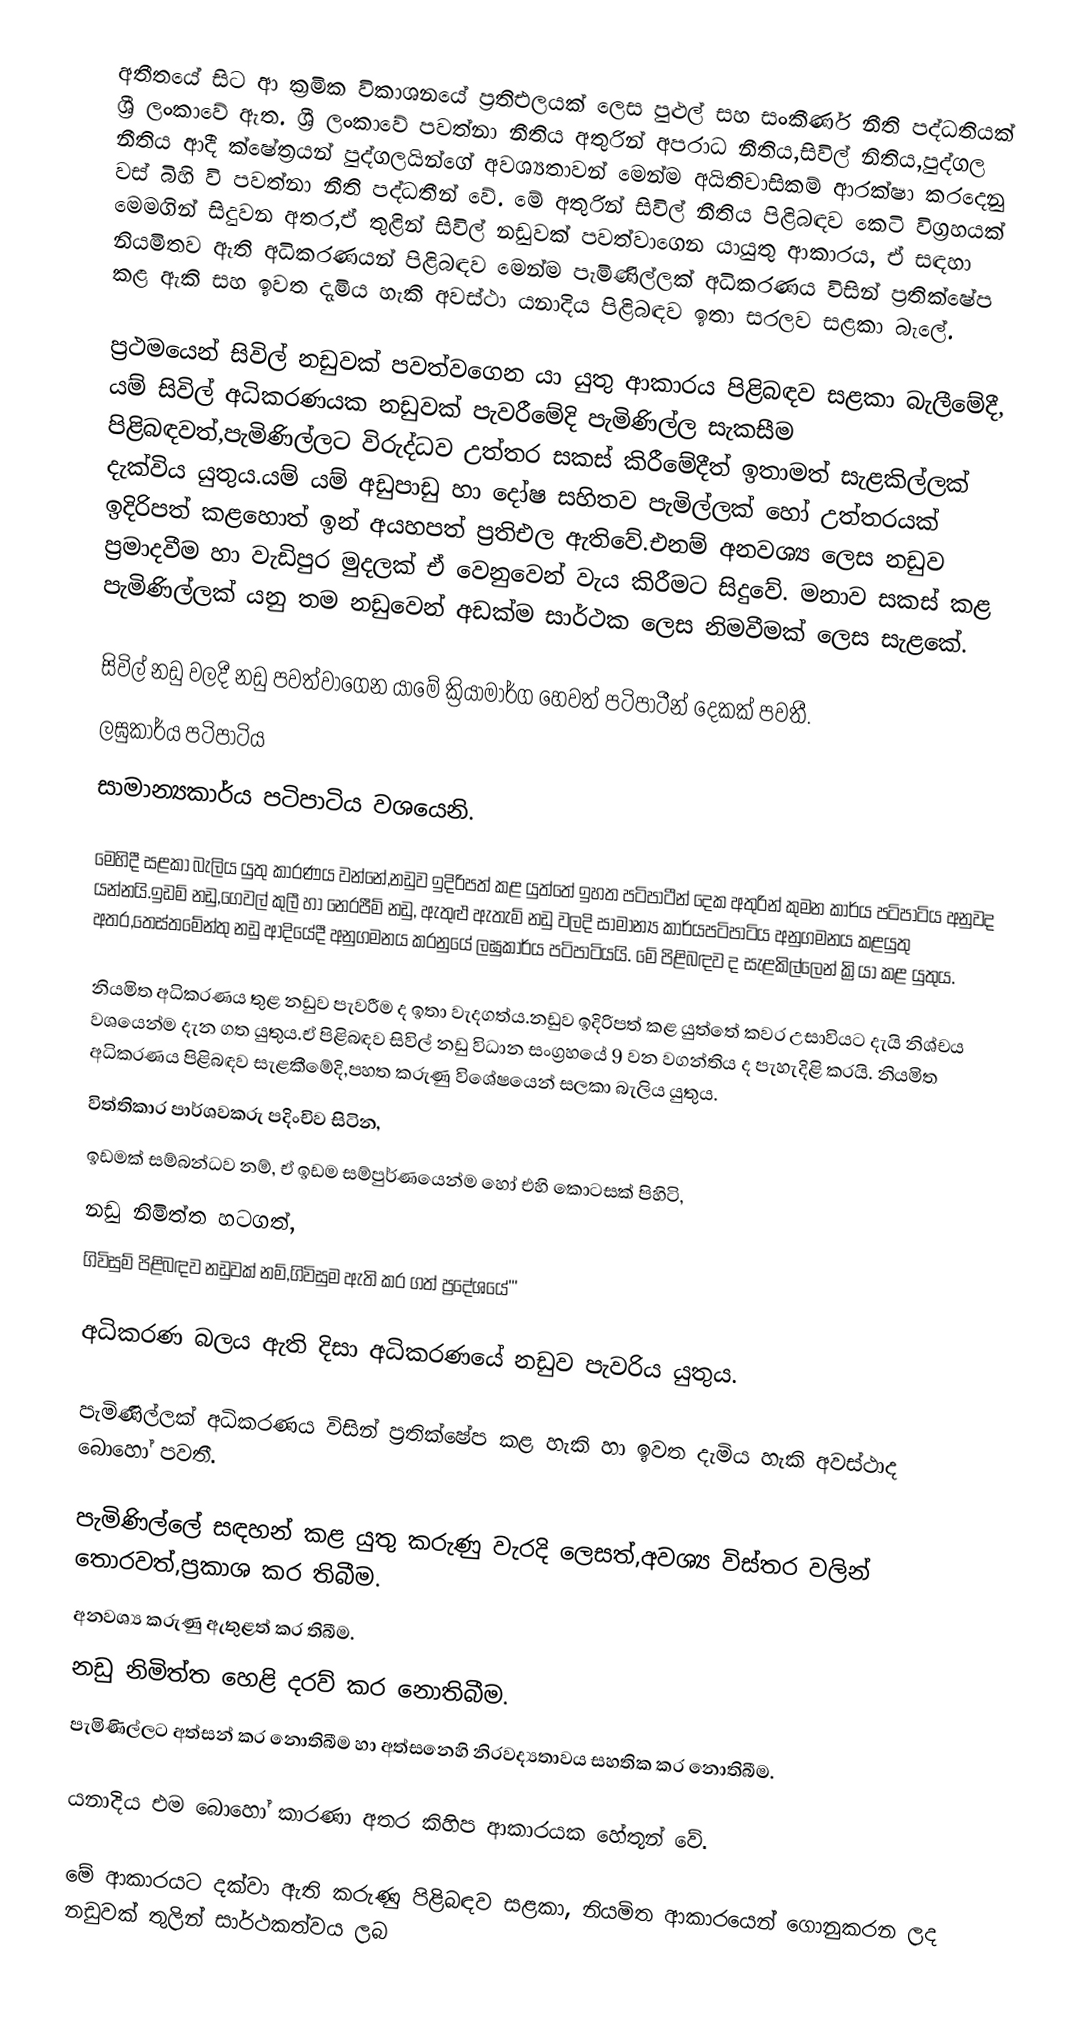
අතීතයේ සිට ආ ක්‍රමික විකාශනයේ ප්‍රතිඑලයක් ලෙස පුළුල් සහ සංකීර්ණ නීති පද්ධතියක් ශ්‍රී ලංකාවේ ඇත.  ශ්‍රී ලංකාවේ පවත්නා නීතිය අතුරින් අපරාධ නීතිය,සිවිල් නිතිය,පුද්ගල නීතිය ආදී ක්ෂේත්‍රයන් පුද්ගලයින්ගේ අවශ්‍යතාවන් මෙන්ම අයිතිවාසිකම් ආරක්ෂා කරදෙනු වස් බිහි වි පවත්නා නීති පද්ධතීන් වේ. මේ අතුරින් සිවිල් නීතිය පිළිබඳව කෙටි විග්‍රහයක් මෙමගින් සිදුවන අතර,ඒ තුළින් සිවිල් නඩුවක් පවත්වාගෙන යායුතු ආකාරය, ඒ සඳහා නියමිතව ඇති අධිකරණයන් පිළිබඳව මෙන්ම පැමිණිල්ලක් අධිකරණය විසින් ප්‍රතික්ෂේප කළ ඇකි සහ ඉවත දැමිය හැකි අවස්ථා යනාදිය පිළිබඳව ඉතා සරලව සළකා බැලේ.

ප්‍රථමයෙන් සිවිල් නඩුවක් පවත්වගෙන යා යුතු ආකාරය පිළිබඳව සළකා බැලීමේදී, යම් සිවිල් අධිකරණයක නඩුවක් පැවරීමේදි පැමිණිල්ල සැකසීම පිළිබඳවත්,පැමිණිල්ලට විරුද්ධව උත්තර සකස් කිරීමේදීත් ඉතාමත් සැළකිල්ලක් දැක්විය යුතුය.යම් යම් අඩුපාඩු හා දෝෂ සහිතව පැමිල්ලක් හෝ උත්තරයක් ඉදිරිපත් කළහොත් ඉන් අයහපත් ප්‍රතිඑල ඇතිවේ.එනම් අනවශ්‍ය ලෙස නඩුව ප්‍රමාදවීම හා වැඩිපුර මුදලක් ඒ වෙනුවෙන් වැය කිරීමට සිදුවේ. මනාව සකස් කළ පැමිණිල්ලක් යනු තම නඩුවෙන් අඩක්ම සාර්ථක ලෙස නිමවීමක් ලෙස සැළකේ.

සිවිල් නඩු වලදී නඩු පවත්වාගෙන යාමේ ක්‍රියාමාර්ග හෙවත් පටිපාටීන් දෙකක් පවතී.
ලඝුකාර්ය පටිපාටිය
සාමාන්‍යකාර්ය පටිපාටිය        වශයෙනි.

මෙහිදී සළකා බැලිය යුතු කාරණය වන්නේ,නඩුව ඉදිරිපත් කළ යුත්තේ ඉහත පටිපාටීන් දෙක අතුරින් කුමන කාර්ය පටිපාටිය අනුවද යන්නයි.ඉඩම් නඩු,ගෙවල් කුලී හා නෙරපීම් නඩු, ඇතුළු ඇතැම් නඩු වලදි සාමාන්‍ය කාර්යපටිපාටිය අනුගමනය කළයුතු අතර,තෙස්තමේන්තු නඩු ආදියේදී අනුගමනය කරනුයේ ලඝුකාර්ය පටිපාටියයි. මේ පිළිබඳව ද සැළකිල්ලෙන් ක්‍රියා කළ යුතුය.

නියමිත අධිකරණය තුළ නඩුව පැවරීම ද ඉතා වැදගත්ය.නඩුව ඉදිරිපත් කළ යුත්තේ කවර උසාවියට දැයි නිශ්චය වශයෙන්ම දැන ගත යුතුය.ඒ පිළිබඳව සිවිල් නඩු විධාන සංග්‍රහයේ 9 වන වගන්තිය ද පැහැදිළි කරයි. නියමිත අධිකරණය පිළිබඳව සැළකීමේදි,පහත කරුණු විශේෂයෙන් සලකා බැලිය යුතුය.
විත්තිකාර පාර්ශවකරු පදිංචිව සිටින,
ඉඩමක් සම්බන්ධව නම්, ඒ ඉඩම සම්පුර්ණයෙන්ම හෝ එහි කොටසක් පිහිටි,
නඩු නිමිත්ත හටගත්,
ගිවිසුම් පිළිබඳව නඩුවක් නම්,ගිවිසුම ඇති කර ගත් ප්‍රදේශයේ'''

අධිකරණ බලය ඇති දිසා අධිකරණයේ නඩුව පැවරිය යුතුය.

පැමිණිල්ලක් අධිකරණය විසින් ප්‍රතික්ෂේප කළ හැකි හා ඉවත දැමිය හැකි අවස්ථාද බොහෝ පවතී.

පැමිණිල්ලේ සඳහන් කළ යුතු කරුණු වැරදි ලෙසත්,අවශ්‍ය විස්තර වලින් තොරවත්,ප්‍රකාශ කර තිබීම.
අනවශ්‍ය කරුණු ඇතුළත් කර තිබීම.
නඩු නිමිත්ත හෙළි දරව් කර නොතිබීම.
පැමිණිල්ලට අත්සන් කර නොතිබීම හා අත්සනෙහි නිරවද්‍යතාවය සහතික කර නොතිබීම.

යනාදිය එම බොහෝ කාරණා අතර කිහිප ආකාරයක හේතූන් වේ.

මේ ආකාරයට දක්වා ඇති කරුණු පිළිබඳව සළකා, නියමිත ආකාරයෙන් ගොනුකරන ලද නඩුවක් තුලින් සාර්ථකත්වය ලබ